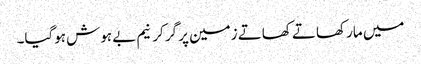
میں مار کھاتے کھاتے زمین پر گر کر نیم بے ہوش ہوگیا۔